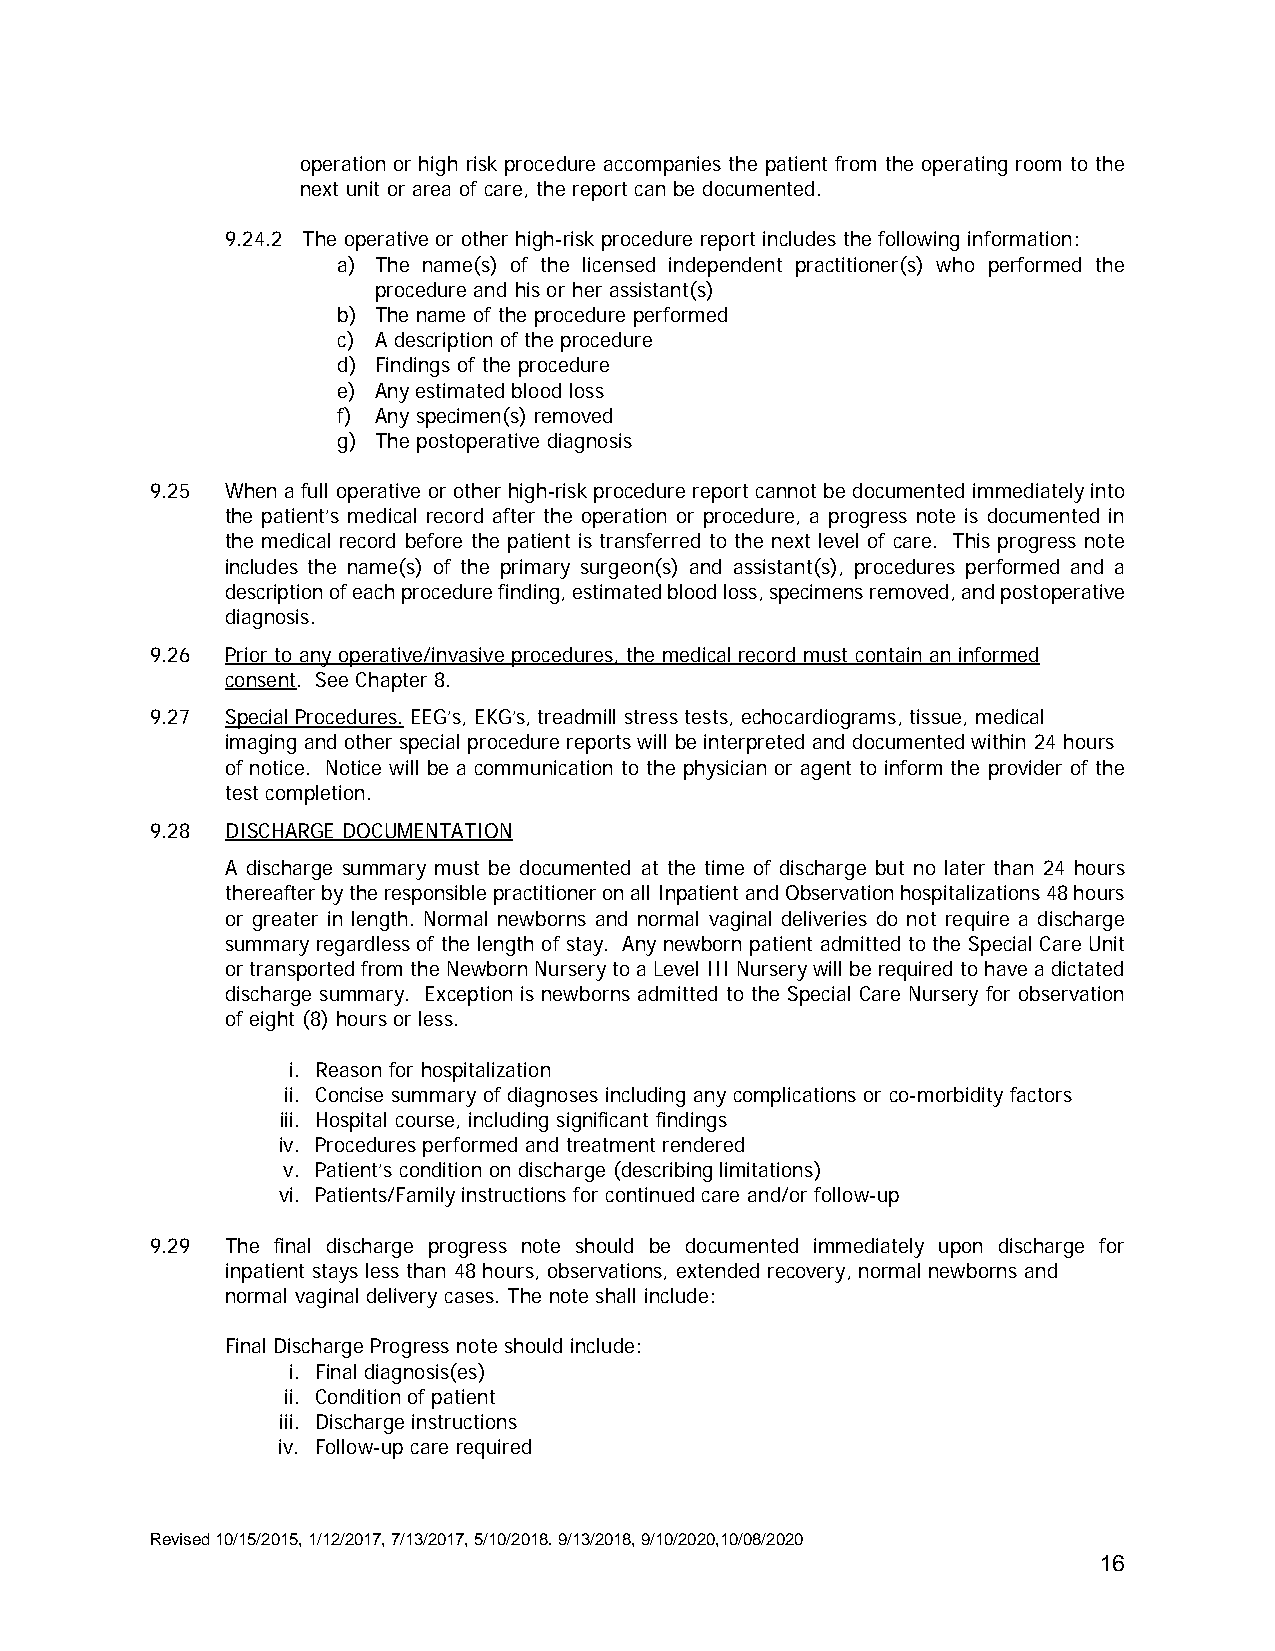
operation or high risk procedure accompanies the patient from the operating room to the
 next unit or area of care, the report can be documented.
 9.24.2 The operative or other high-risk procedure report includes the following information:
 a) The name(s) of the licensed independent practitioner(s) who performed the
 procedure and his or her assistant(s)
 b) The name of the procedure performed
 c) A description of the procedure
 d) Findings of the procedure
 e) Any estimated blood loss
 f) Any specimen(s) removed
 g) The postoperative diagnosis
 9.25 When a full operative or other high-risk procedure report cannot be documented immediately into
 the patient’s medical record after the operation or procedure, a progress note is documented in
 the medical record before the patient is transferred to the next level of care. This progress note
 includes the name(s) of the primary surgeon(s) and assistant(s), procedures performed and a
 description of each procedure finding, estimated blood loss, specimens removed, and postoperative
 diagnosis.
 9.26 Prior to any operative/invasive procedures, the medical record must contain an informed
 consent. See Chapter 8.
 9.27 Special Procedures. EEG’s, EKG’s, treadmill stress tests, echocardiograms, tissue, medical
 imaging and other special procedure reports will be interpreted and documented within 24 hours
 of notice. Notice will be a communication to the physician or agent to inform the provider of the
 test completion.
 9.28 DISCHARGE DOCUMENTATION
 A discharge summary must be documented at the time of discharge but no later than 24 hours
 thereafter by the responsible practitioner on all Inpatient and Observation hospitalizations 48 hours
 or greater in length. Normal newborns and normal vaginal deliveries do not require a discharge
 summary regardless of the length of stay. Any newborn patient admitted to the Special Care Unit
 or transported from the Newborn Nursery to a Level III Nursery will be required to have a dictated
 discharge summary. Exception is newborns admitted to the Special Care Nursery for observation
 of eight (8) hours or less.
 i. Reason for hospitalization
 ii. Concise summary of diagnoses including any complications or co-morbidity factors
 iii. Hospital course, including significant findings
 iv. Procedures performed and treatment rendered
 v. Patient’s condition on discharge (describing limitations)
 vi. Patients/Family instructions for continued care and/or follow-up
 9.29 The final discharge progress note should be documented immediately upon discharge for
 inpatient stays less than 48 hours, observations, extended recovery, normal newborns and
 normal vaginal delivery cases. The note shall include:
 Final Discharge Progress note should include:
 i. Final diagnosis(es)
 ii. Condition of patient
 iii. Discharge instructions
 iv. Follow-up care required
 Revised 10/15/2015, 1/12/2017, 7/13/2017, 5/10/2018. 9/13/2018, 9/10/2020,10/08/2020
 16